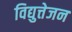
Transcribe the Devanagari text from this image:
विद्युत्तेजन